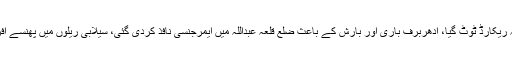
ریلوے ٹریک بہہ جانے سے پاک ایران ریلوے سروس معطل ہوگئی، زیارت میں برف باری کا 15 سالہ ریکارڈ ٹوٹ گیا، ادھربرف باری اور بارش کے باعث ضلع قلعہ عبداللہ میں ایمرجنسی نافذ کردی گئی، سیلابی ریلوں میں پھنسے افراد کو نکالنے کیلئے ایف سی اور لیویز ریسکیو آپریشن میں شریک ہیں، پاک فوج کو بھی طلب کرلیا گیا۔